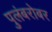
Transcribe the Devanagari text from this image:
पुलंबरोबर